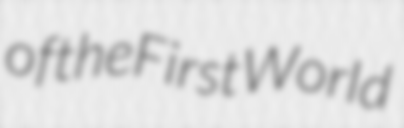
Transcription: of the First World